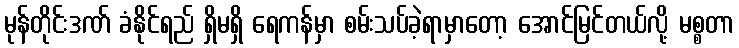
မုန်တိုင်းဒဏ် ခံနိုင်ရည် ရှိမရှိ ရေကန်မှာ စမ်းသပ်ခဲ့ရာမှာတော့ အောင်မြင်တယ်လို့ မစ္စတာ